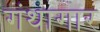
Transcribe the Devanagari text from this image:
गंथागार